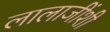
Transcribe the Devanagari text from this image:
लालाजींशी